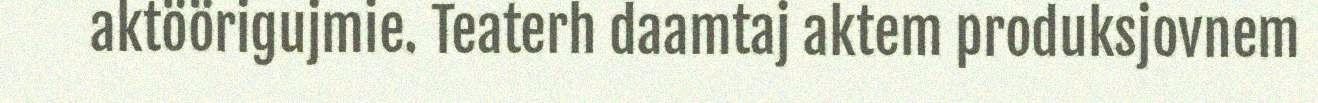
aktöörigujmie. Teaterh daamtaj aktem produksjovnem